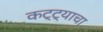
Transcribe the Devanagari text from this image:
कट्ट्याचा